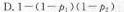
D.$$1 - ( 1 - p _ { 1 } ) ( 1 - p _ { 2 } )$$